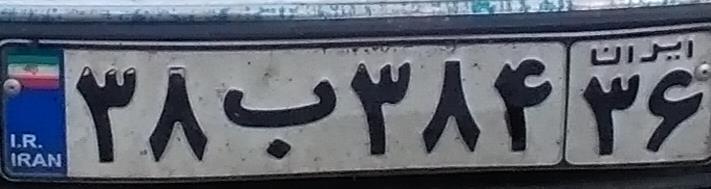
۳۸ب۳۸۴۳۶